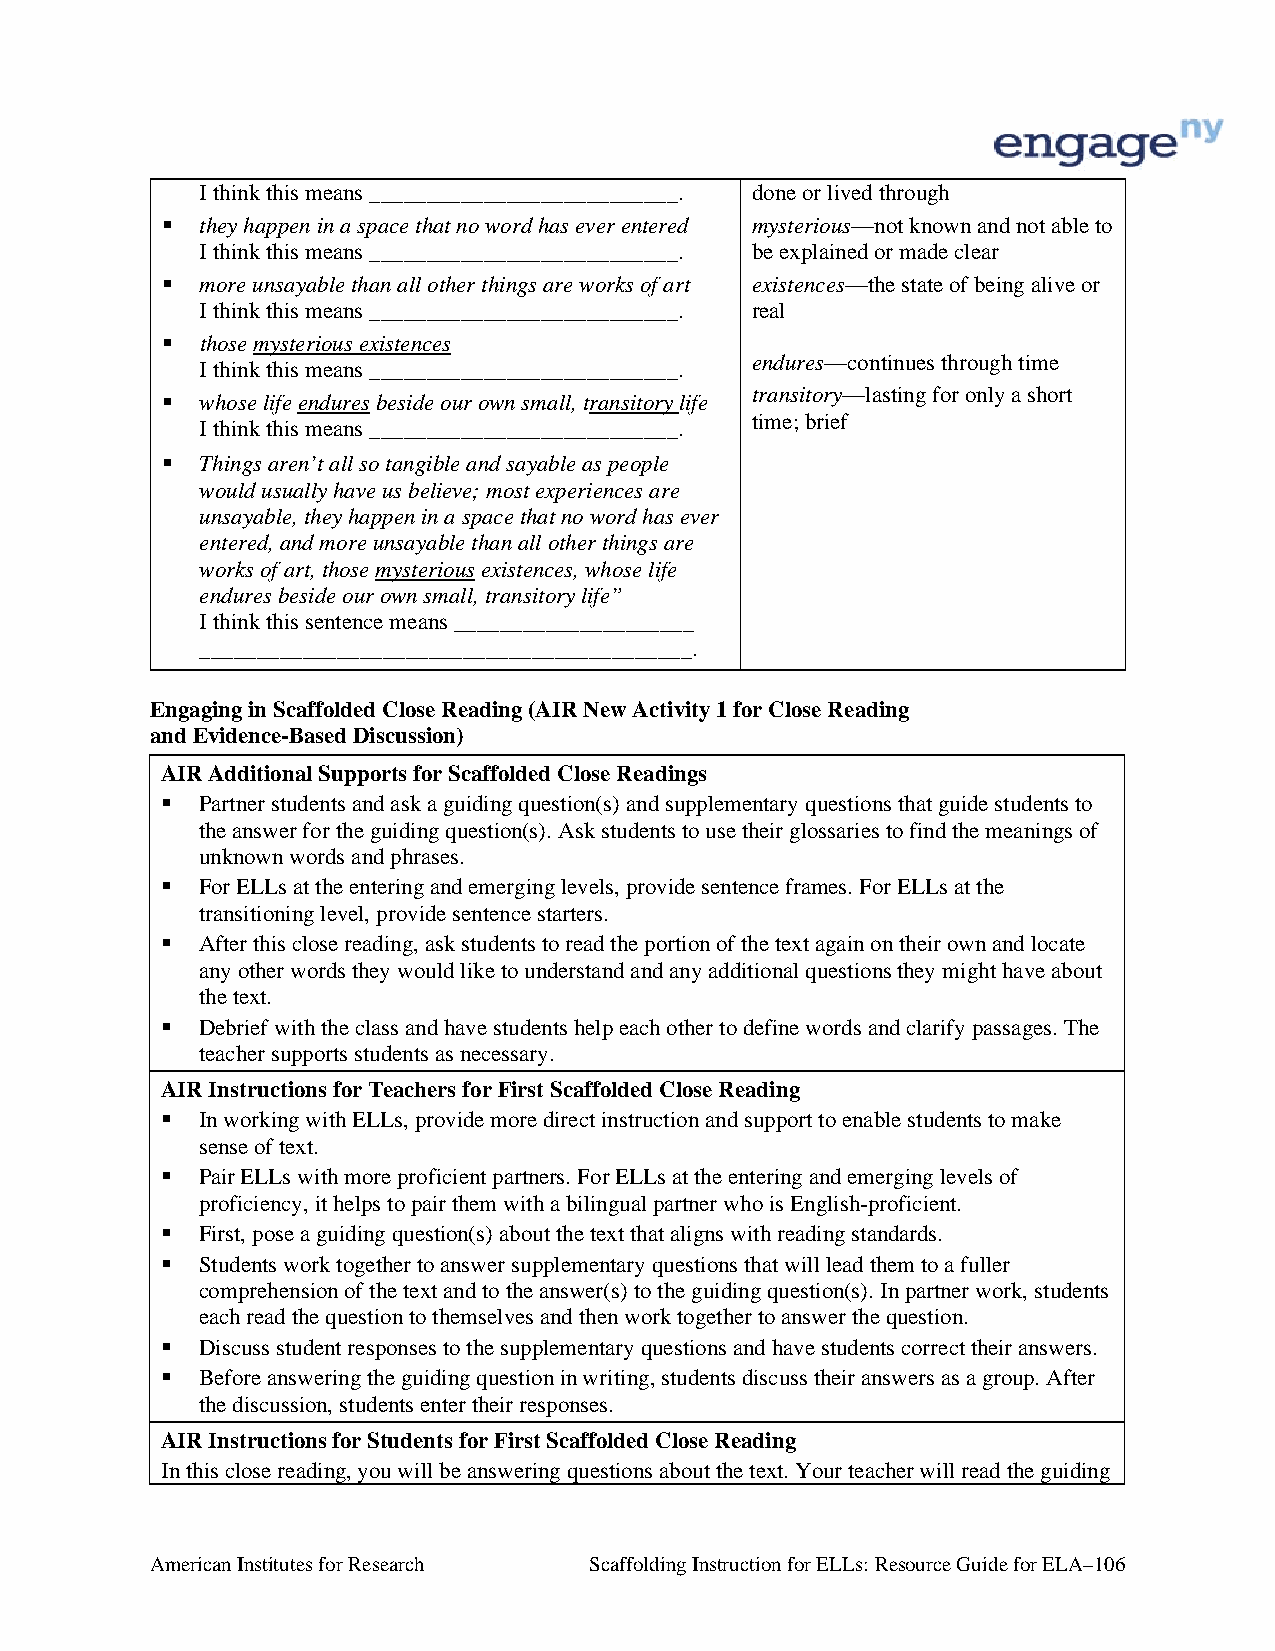
I think this means ___________________________. done or lived through
  they happen in a space that no word has ever entered mysterious—not known and not able to
 I think this means ___________________________. be explained or made clear
  more unsayable than all other things are works of art existences—the state of being alive or
 I think this means ___________________________. real
  those mysterious existences
 endures—continues through time
 I think this means ___________________________.
 transitory—lasting for only a short
  whose life endures beside our own small, transitory life
 time; brief
 I think this means ___________________________.
  Things aren’t all so tangible and sayable as people
 would usually have us believe; most experiences are
 unsayable, they happen in a space that no word has ever
 entered, and more unsayable than all other things are
 works of art, those mysterious existences, whose life
 endures beside our own small, transitory life”
 I think this sentence means _____________________
 ___________________________________________.
 Engaging in Scaffolded Close Reading (AIR New Activity 1 for Close Reading
 and Evidence-Based Discussion)
 AIR Additional Supports for Scaffolded Close Readings
  Partner students and ask a guiding question(s) and supplementary questions that guide students to
 the answer for the guiding question(s). Ask students to use their glossaries to find the meanings of
 unknown words and phrases.
  For ELLs at the entering and emerging levels, provide sentence frames. For ELLs at the
 transitioning level, provide sentence starters.
  After this close reading, ask students to read the portion of the text again on their own and locate
 any other words they would like to understand and any additional questions they might have about
 the text.
  Debrief with the class and have students help each other to define words and clarify passages. The
 teacher supports students as necessary.
 AIR Instructions for Teachers for First Scaffolded Close Reading
  In working with ELLs, provide more direct instruction and support to enable students to make
 sense of text.
  Pair ELLs with more proficient partners. For ELLs at the entering and emerging levels of
 proficiency, it helps to pair them with a bilingual partner who is English-proficient.
  First, pose a guiding question(s) about the text that aligns with reading standards.
  Students work together to answer supplementary questions that will lead them to a fuller
 comprehension of the text and to the answer(s) to the guiding question(s). In partner work, students
 each read the question to themselves and then work together to answer the question.
  Discuss student responses to the supplementary questions and have students correct their answers.
  Before answering the guiding question in writing, students discuss their answers as a group. After
 the discussion, students enter their responses.
 AIR Instructions for Students for First Scaffolded Close Reading
 In this close reading, you will be answering questions about the text. Your teacher will read the guiding
 American Institutes for Research Scaffolding Instruction for ELLs: Resource Guide for ELA–106